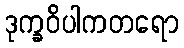
ဒုက္ခဝိပါကတရော